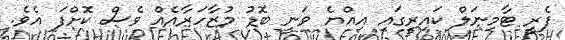
ފެރީ ޓާމިނަލް ކައިރީގައި އިއްޔެ ވަނީ ބޮޑު މުޒާހަރާއެއް ވެސް ކޮށްފަ އެވެ.